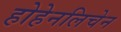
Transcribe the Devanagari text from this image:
होहेनलिचेन